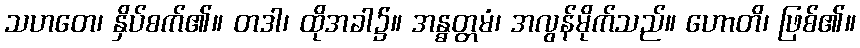
သဟတေ၊ နှိပ်စက်၏။ တဒါ၊ ထိုအခါ၌။ အန္ဓတ္တမံ၊ အလွန်မိုက်သည်။ ဟောတိ၊ ဖြစ်၏။